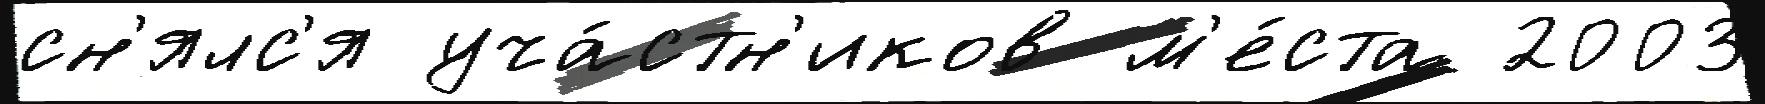
сн'ялс'я уча́стн'иков м'е́ста 2003